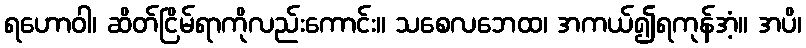
ရဟောဝါ၊ ဆိတ်ငြိမ်ရာကိုလည်းကောင်း။ သစေလဘေထ၊ အကယ်၍ရကုန်အံ့။ အပိ၊